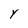
Character: Y